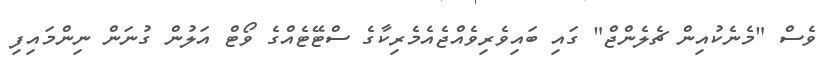
ވެސް "މެނެކުއިން ޗެލެންޖް" ގައި ބައިވެރިވެއްޖެއެމެރިކާގެ ސްޓޭޓެއްގެ ވޯޓް އަލުން ގުނަން ނިންމައިފި